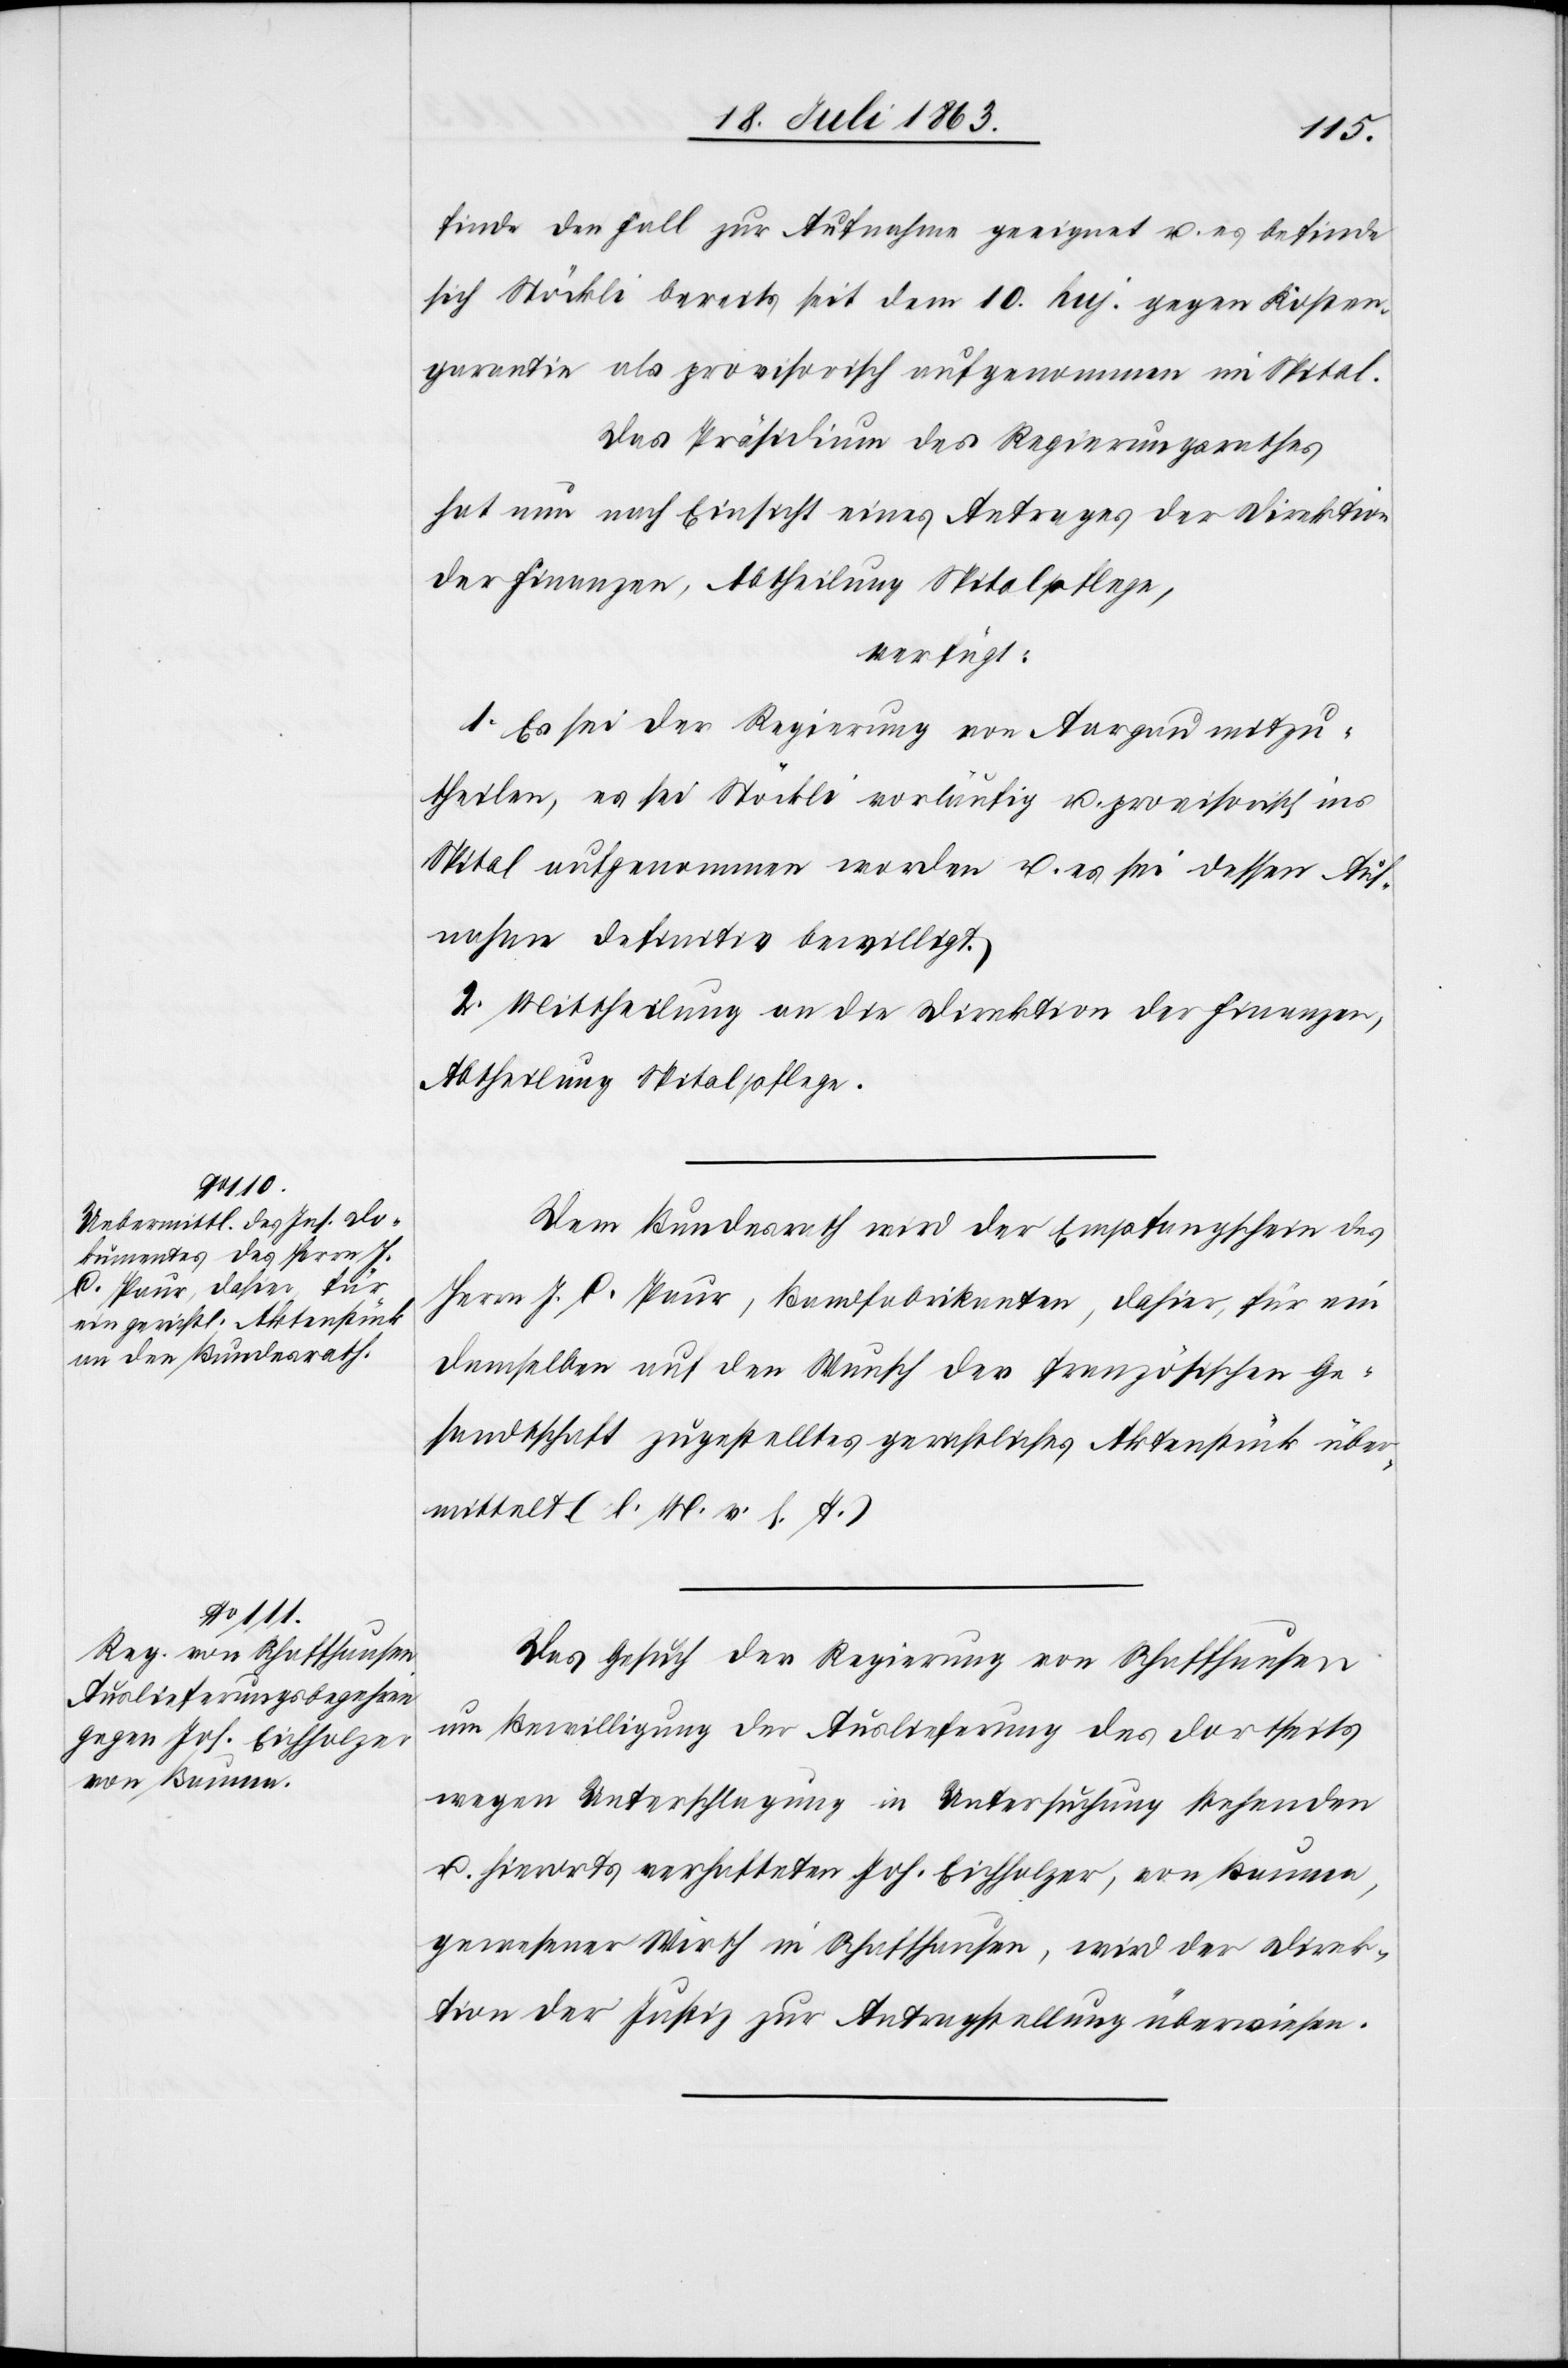
20. Juli 1863.]
finde den Fall zur Aufnahme geeignet u. es befinde
sich Stöckli bereits seit dem 10. huj. gegen Kosten¬
garantie als provisorisch aufgenommen im Spital.
Das Präsidium des Regierungsrathes
hat nun nach Einsicht eines Antrages der Direktion
der Finanzen, Abtheilung Spitalpflege,
verfügt:
1. Es sei der Regierung von Aargau mitzu¬
theilen, es sei Stöckli vorläufig u. provisorisch ins
Spital aufgenommen worden u. es sei dessen Auf¬
nahme definitiv bewilligt.
2. Mittheilung an die Direktion der Finanzen,
Abtheilung Spitalpflege.
Dem Bundesrath wird der Empfangschein des
Herrn J. C. Paur, Bandfabrikanten, dahier, für ein
demselben auf den Wunsch der französischen Ge¬
sandtschaft zugestelltes gerichtliches Aktenstück über¬
mittelt. (l. M. v. h. T.)
Das Gesuch der Regierung von Schaffhausen
um Bewilligung der Auslieferung des dortseits
wegen Unterschlagung in Untersuchung stehenden
u. hierorts verhafteten Joh. Eichholzer, von Bauma,
gewesener Wirth in Schaffhausen, wird der Direk¬
tion der Justiz zur Antragstellung überwiesen.